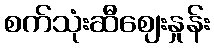
စက်သုံးဆီဈေးနှုန်း